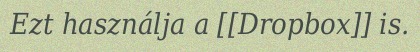
Ezt használja a [[Dropbox]] is.